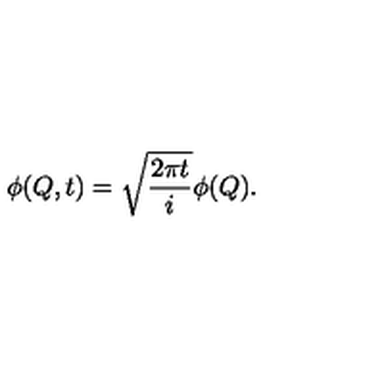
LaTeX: \phi ( Q , t ) = \sqrt { { \frac { 2 \pi t } { i } } } \phi ( Q ) .